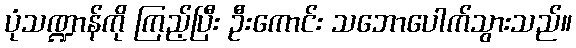
ပုံသဏ္ဍာန်ကို ကြည့်ပြီး ဦးကောင်း သဘောပေါက်သွားသည်။